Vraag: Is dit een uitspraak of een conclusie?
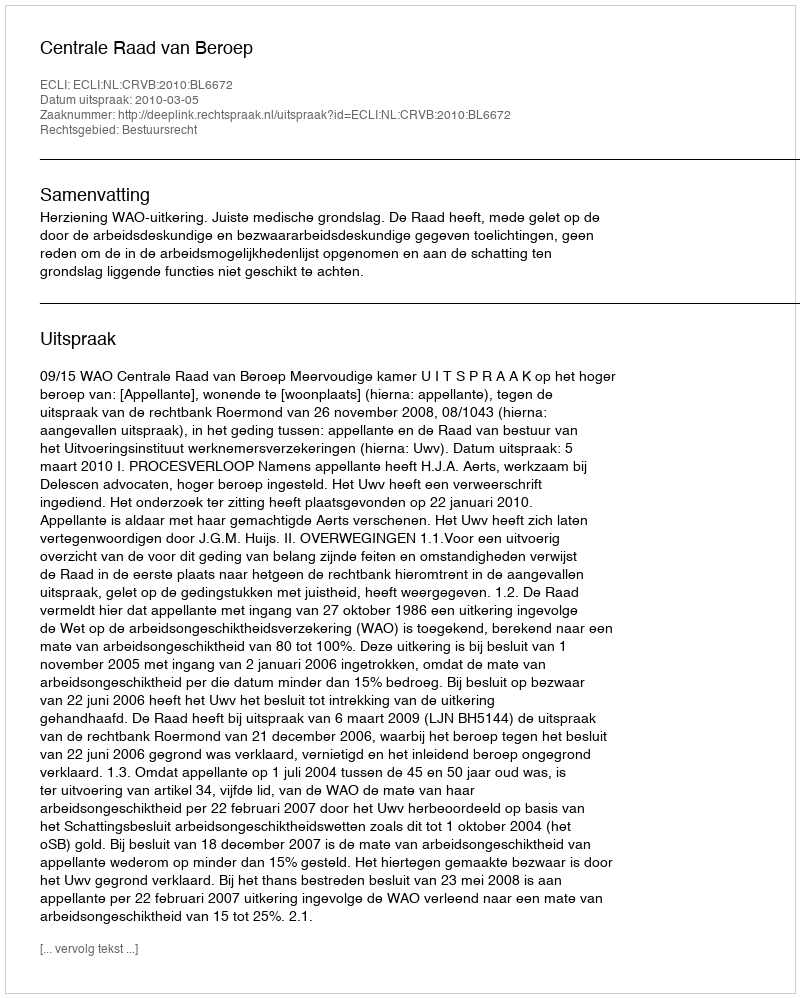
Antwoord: Uitspraak